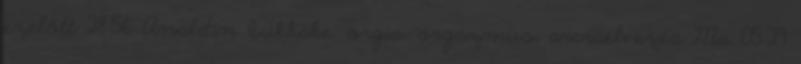
ezelőtt 28:56 Analdin bukkake, orgia, orgazmus, arcraélvezés Ma 05:29